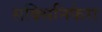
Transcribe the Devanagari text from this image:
सक्सिनिफेरा